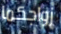
زواجكما